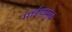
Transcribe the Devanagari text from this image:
माईणमुळ